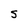
Character: S